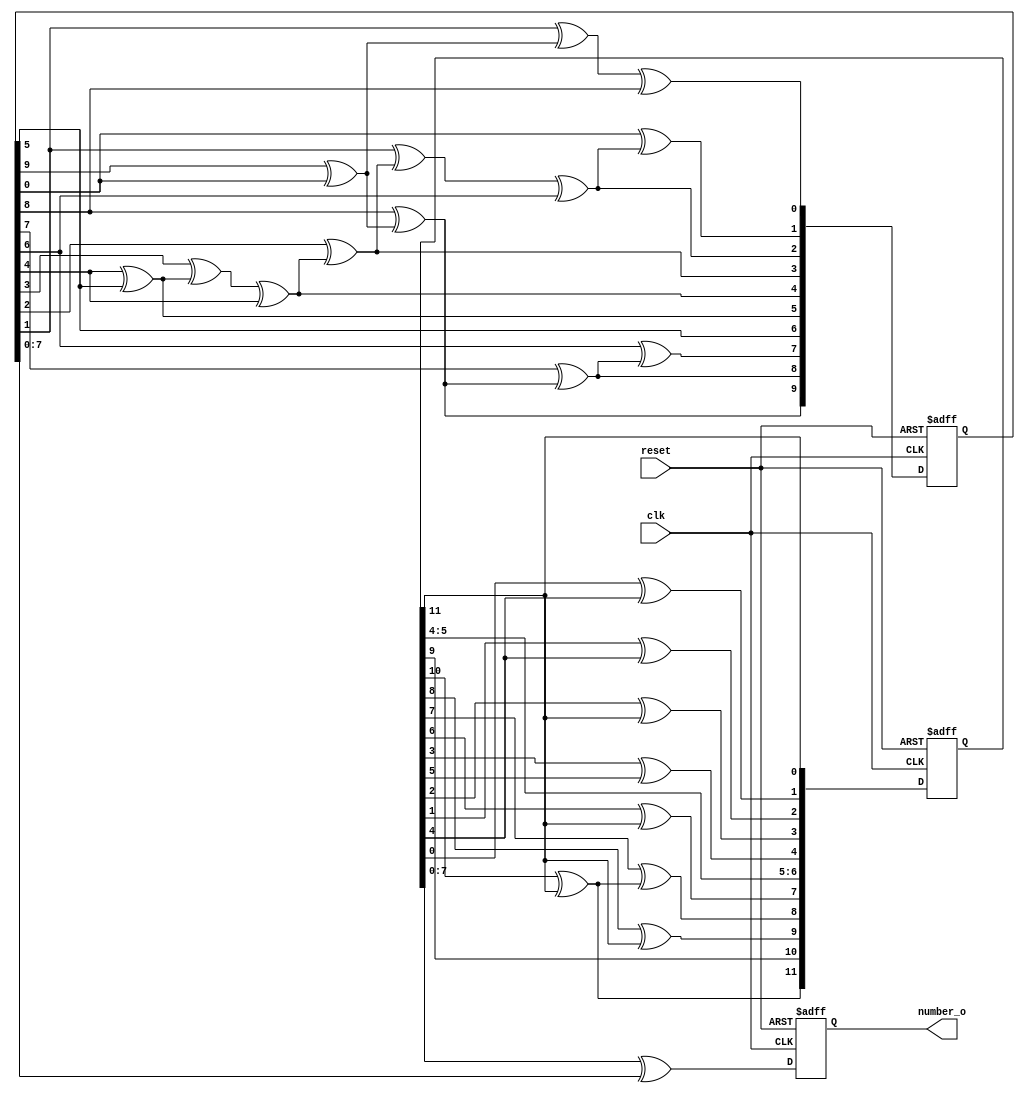
module pro(clk, reset, number_o);
input clk;
input reset;
output reg[7:0] number_o;

reg[12:0] lfsr_reg;
reg[10:0] casr_reg;
reg[12:0] lfsr_var;
reg outbitlfsr;

always @(posedge clk or negedge reset)
begin
if (!reset)
     begin
        lfsr_reg = 13'b0100100100100;
     end
else
    begin
        lfsr_var = lfsr_reg;
        lfsr_var [12] = lfsr_var[11];
        outbitlfsr = lfsr_var[11];
        lfsr_var[11] = lfsr_var[10]^outbitlfsr;
        lfsr_var[10] = lfsr_var[9];
        lfsr_var[9] = lfsr_var[8]^outbitlfsr;
        lfsr_var[8] = lfsr_var[7]^lfsr_var[11];
        lfsr_var[7] = lfsr_var[6]^outbitlfsr;
        lfsr_var[6] = lfsr_var[5];
        lfsr_var[5] = lfsr_var[4];
        lfsr_var[4] = lfsr_var[3]^lfsr_var[6];
        lfsr_var[3] = lfsr_var[2]^outbitlfsr;
	outbitlfsr = lfsr_var[5];
        lfsr_var[2] = lfsr_var[1]^outbitlfsr;
        lfsr_var[1] = lfsr_var[0]^outbitlfsr;
      lfsr_var[0] = lfsr_var[12];
        lfsr_reg = lfsr_var;
    end
end

reg [10:0] casr_var, casr_out;
always @(posedge clk or negedge reset)
    begin
    if (!reset)
        casr_reg = 11'b00010101010;
    else
        begin
            casr_var = casr_reg;
            casr_out[10] = casr_var[9]^casr_var[0];
                 casr_out[9] = casr_var[8]^casr_out[10];
                 casr_out[8] = casr_var[7]^casr_out[9];
                 casr_out[7] = casr_var[6]^casr_out[8];
                 casr_out[6] = casr_var[5];
                 casr_out[5] = casr_var[4]^casr_out[6];
                 casr_out[4] = casr_var[3]^casr_out[5]^casr_var[4];
                 casr_out[3] = casr_var[2]^casr_out[4];
                 casr_out[2] = casr_var[1]^casr_out[3]^casr_var[6];
                 casr_out[1] = casr_var[0]^casr_out[2];
                 casr_out[0] = casr_var[1]^casr_out[10]^casr_var[8];
            casr_reg = casr_out;
        end
    end

always @(posedge clk or negedge reset)
    begin
         if (!reset)
            begin
                number_o = 8'b0;
            end
         else
            begin
                number_o = (lfsr_reg [7:0] ^ casr_reg [7:0]);
            end
    end
endmodule